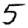
Digit: 5